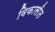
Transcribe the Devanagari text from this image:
विकासीत